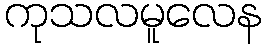
ကုသလမူလေန